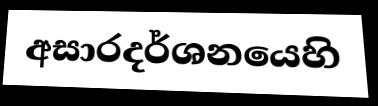
අසාරදර්ශනයෙහි